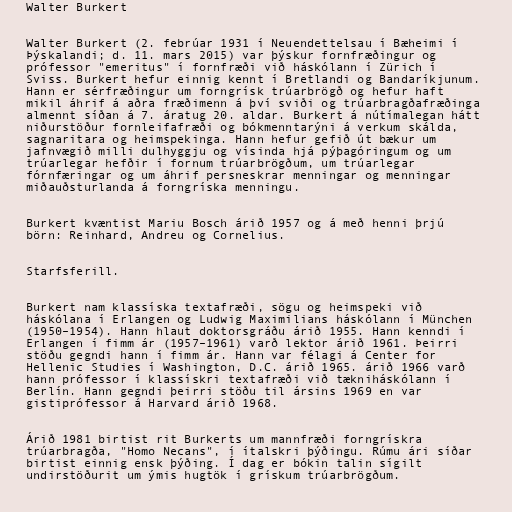
Walter Burkert

Walter Burkert (2. febrúar 1931 í Neuendettelsau í Bæheimi í
Þýskalandi; d. 11. mars 2015) var þýskur fornfræðingur og
prófessor "emeritus" í fornfræði við háskólann í Zürich í
Sviss. Burkert hefur einnig kennt í Bretlandi og Bandaríkjunum.
Hann er sérfræðingur um forngrísk trúarbrögð og hefur haft
mikil áhrif á aðra fræðimenn á því sviði og trúarbragðafræðinga
almennt síðan á 7. áratug 20. aldar. Burkert á nútímalegan hátt
niðurstöður fornleifafræði og bókmenntarýni á verkum skálda,
sagnaritara og heimspekinga. Hann hefur gefið út bækur um
jafnvægið milli dulhyggju og vísinda hjá pýþagóringum og um
trúarlegar hefðir í fornum trúarbrögðum, um trúarlegar
fórnfæringar og um áhrif persneskrar menningar og menningar
miðauðsturlanda á forngríska menningu.

Burkert kvæntist Mariu Bosch árið 1957 og á með henni þrjú
börn: Reinhard, Andreu og Cornelius.

Starfsferill.

Burkert nam klassíska textafræði, sögu og heimspeki við
háskólana í Erlangen og Ludwig Maximilians háskólann í München
(1950–1954). Hann hlaut doktorsgráðu árið 1955. Hann kenndi í
Erlangen í fimm ár (1957–1961) varð lektor árið 1961. Þeirri
stöðu gegndi hann í fimm ár. Hann var félagi á Center for
Hellenic Studies í Washington, D.C. árið 1965. árið 1966 varð
hann prófessor í klassískri textafræði við tækniháskólann í
Berlín. Hann gegndi þeirri stöðu til ársins 1969 en var
gistiprófessor á Harvard árið 1968.

Árið 1981 birtist rit Burkerts um mannfræði forngrískra
trúarbragða, "Homo Necans", í ítalskri þýðingu. Rúmu ári síðar
birtist einnig ensk þýðing. Í dag er bókin talin sígilt
undirstöðurit um ýmis hugtök í grískum trúarbrögðum.